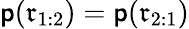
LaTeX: \mathsf{p}(\mathfrak{{r}}_{1:2})=\mathsf{p}(\mathfrak{{r}}_{2:1})